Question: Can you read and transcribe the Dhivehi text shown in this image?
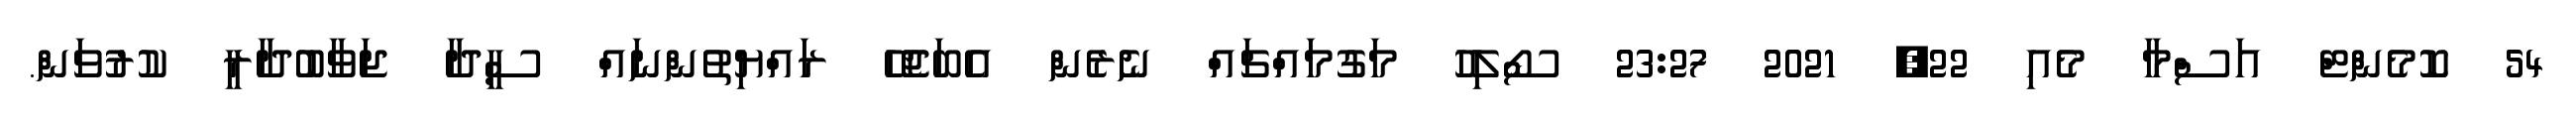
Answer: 54 ކޮމެންޓް އަސްމާ މެއި 22, 2021 23:27 ސޯލިހު މަގުމައްޗައް ނެރެން އެބަޖެހޭ ރައްޔިތުންނައް ސީދާ ޖަވާބުދާރީ ކުރުވަން.